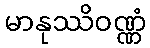
မာနုဿိဝဏ္ဏံ